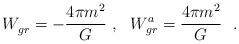
LaTeX: \begin{align*}W^{}_{gr}=-{4\pi m^2\over G}~,~~W^{a}_{gr}={4\pi m^2\over G}~~.\end{align*}